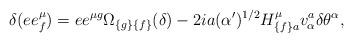
LaTeX: \begin{align*}\delta (ee^{\mu }_{{ f}}) =ee^{\mu { g}} \Omega _{{ \{g\}\{f\}}}(\delta )- 2ia(\alpha ^\prime )^{{ 1/2}} H^{\mu }_{{ \{f\}a}}v^{{ a}}_{\alpha } \delta \theta ^{\alpha },\end{align*}